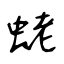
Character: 蛯